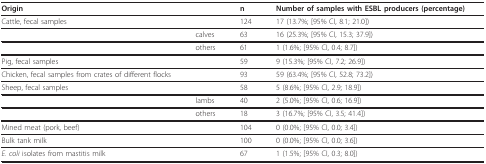
<table><thead><tr><td colspan="2"><b>Origin</b></td><td><b>n</b></td><td><b>Number of samples with ESBL producers (percentage)</b></td></tr></thead><tbody><tr><td colspan="2">Cattle, fecal samples</td><td>124</td><td>17 (13.7%; [95% CI, 8.1; 21.0])</td></tr><tr><td></td><td>calves</td><td>63</td><td>16 (25.3%; [95% CI, 15.3; 37.9])</td></tr><tr><td></td><td>others</td><td>61</td><td>1 (1.6%; [95% CI, 0.4; 8.7])</td></tr><tr><td>Pig, fecal samples</td><td></td><td>59</td><td>9 (15.3%; [95% CI, 7.2; 26.9])</td></tr><tr><td>Chicken, fecal samples from crates of different flocks</td><td></td><td>93</td><td>59 (63.4%; [95% CI, 52.8; 73.2])</td></tr><tr><td>Sheep, fecal samples</td><td></td><td>58</td><td>5 (8.6%; [95% CI, 2.9; 18.9])</td></tr><tr><td></td><td>lambs</td><td>40</td><td>2 (5.0%; [95% CI, 0.6; 16.9])</td></tr><tr><td></td><td>others</td><td>18</td><td>3 (16.7%; [95% CI, 3.5; 41.4])</td></tr><tr><td>Mined meat (pork, beef)</td><td></td><td>104</td><td>0 (0.0%; [95% CI, 0.0; 3.4])</td></tr><tr><td>Bulk tank milk</td><td></td><td>100</td><td>0 (0.0%; [95% CI, 0.0; 3.6])</td></tr><tr><td><i>E. coli </i>isolates from mastitis milk</td><td></td><td>67</td><td>1 (1.5%; [95% CI, 0.3; 8.0])</td></tr></tbody></table>